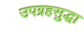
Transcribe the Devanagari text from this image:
उपग्रहसुद्धा